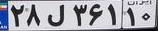
۲۸ل۳۶۱۱۰